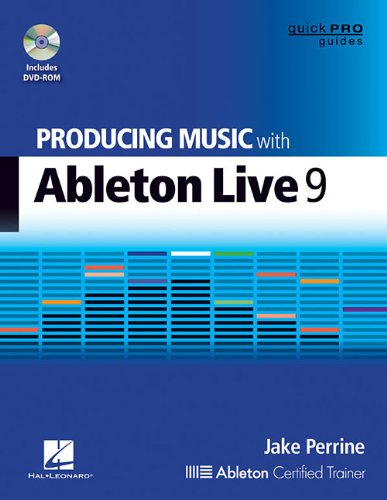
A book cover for Producing Music with Ableton Live 9 (Quick Pro Guides); Jake Perrine; Arts & Photography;